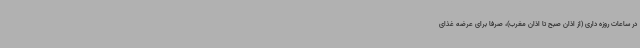
در ساعات روزه داری (از اذان صبح تا اذان مغرب)، صرفا برای عرضه غذای